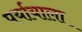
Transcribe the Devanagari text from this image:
पर्यायाला